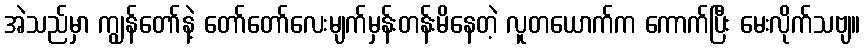
အဲသည်မှာ ကျွန်တော်နဲ့ တော်တော်လေးမျက်မှန်းတန်းမိနေတဲ့ လူတယောက်က ကောက်ပြီး မေးလိုက်သဗျ။